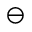
\ominus